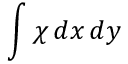
\int \chi \mathop { d x } \mathop { d y }